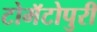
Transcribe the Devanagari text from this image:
टोमॅटोपुरी